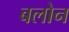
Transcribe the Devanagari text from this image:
बलोन